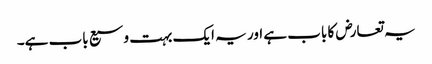
یہ تعارض کا باب ہے اور یہ ایک بہت وسیع باب ہے۔